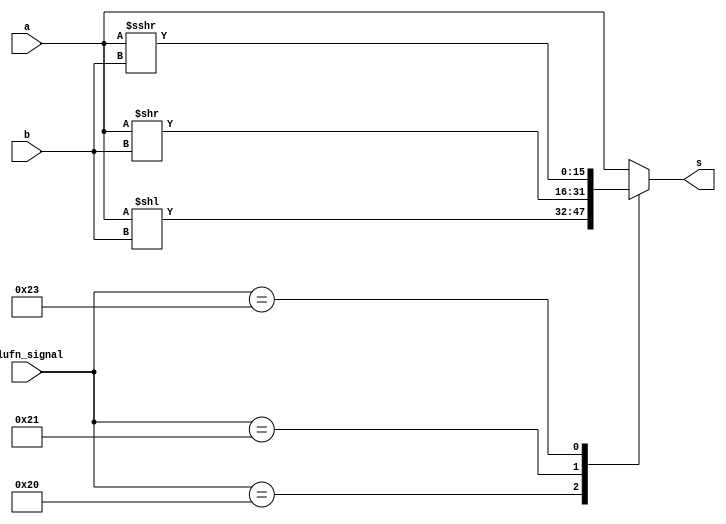
/*
   This file was generated automatically by Alchitry Labs version 1.2.7.
   Do not edit this file directly. Instead edit the original Lucid source.
   This is a temporary file and any changes made to it will be destroyed.
*/

module shifter_11 (
    input [15:0] a,
    input [3:0] b,
    input [5:0] alufn_signal,
    output reg [15:0] s
  );
  
  
  
  always @* begin
    
    case (alufn_signal)
      default: begin
        s = a;
      end
      6'h20: begin
        s = a << b;
      end
      6'h21: begin
        s = a >> b;
      end
      6'h23: begin
        s = $signed(a) >>> b;
      end
    endcase
  end
endmodule